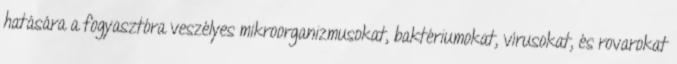
hatására a fogyasztóra veszélyes mikroorganizmusokat, baktériumokat, vírusokat, és rovarokat